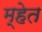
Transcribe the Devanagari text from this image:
म्हेत